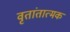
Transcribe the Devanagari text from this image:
वृतांतात्मक